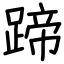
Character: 蹄